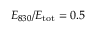
E _ { 8 3 0 } / E _ { \mathrm { t o t } } = 0 . 5